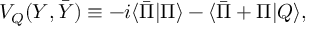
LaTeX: { \cal V } _ { \cal Q } ( Y , \bar { Y } ) \equiv - i \langle \bar { \Pi } | \Pi \rangle - \langle \bar { \Pi } + \Pi | { \cal Q } \rangle ,